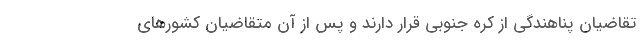
تقاضیان پناهندگی از کره جنوبی قرار دارند و پس از آن متقاضیان کشورهای